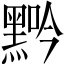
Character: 𪑑